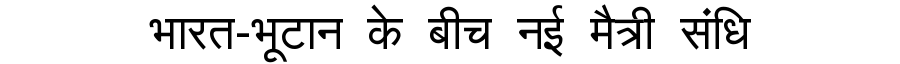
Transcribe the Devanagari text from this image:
भारत-भूटान के बीच नई मैत्री संधि